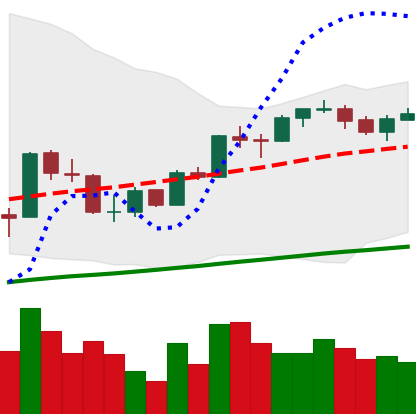
Ticker: BTC-USD
Chart end date: 2017-10-06
Forward return: 10.425%
Label: up_7plus